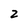
Character: 2